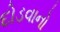
દોડવાનો